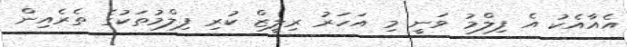
އެއާއެކު އެ ފިލްމު ވަނީ މި އަހަރު ރިލީޒް ކުރި ފިލްމުތަކުގެ ތެރެއިން